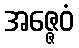
အဇ္ဇေဝံ